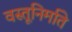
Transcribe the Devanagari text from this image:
वस्तूनिर्माते